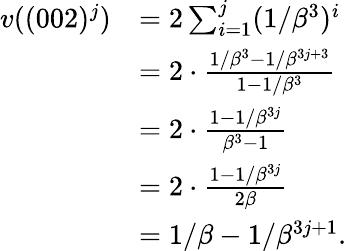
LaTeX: \begin{array}{rl}{v((002)^{j})}&{=2\sum_{i=1}^{j}(1/\beta^{3})^{i}}\\ &{=2\cdot\frac{1/\beta^{3}-1/\beta^{3j+3}}{1-1/\beta^{3}}}\\ &{=2\cdot\frac{1-1/\beta^{3j}}{\beta^{3}-1}}\\ &{=2\cdot\frac{1-1/\beta^{3j}}{2\beta}}\\ &{=1/\beta-1/\beta^{3j+1}.}\end{array}